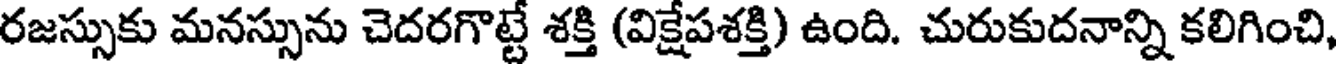
రజస్సుకు మనస్సును చెదరగొట్టే శక్తి (విక్షేపశక్తి) ఉంది. చురుకుదనాన్ని కలిగించి,